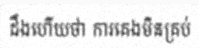
ដឹងហើយថា ការគេងមិនគ្រប់